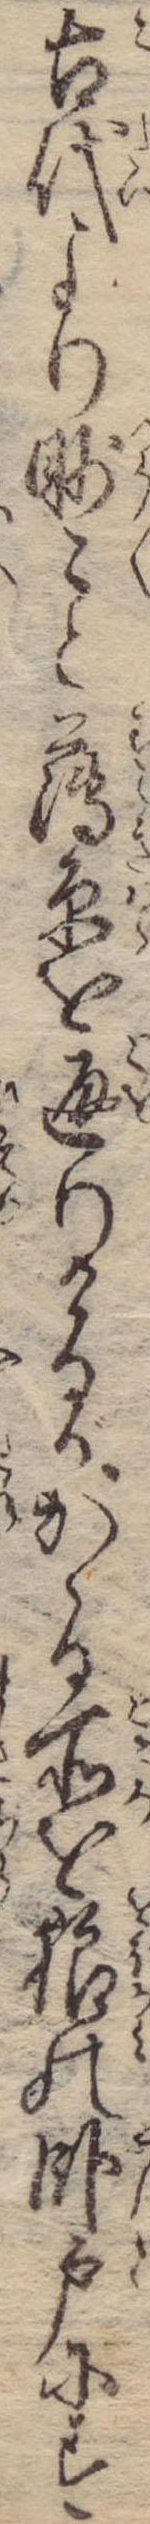
古代より眇々と薄原を通りけるがかゝる所を狼の臥戸にす